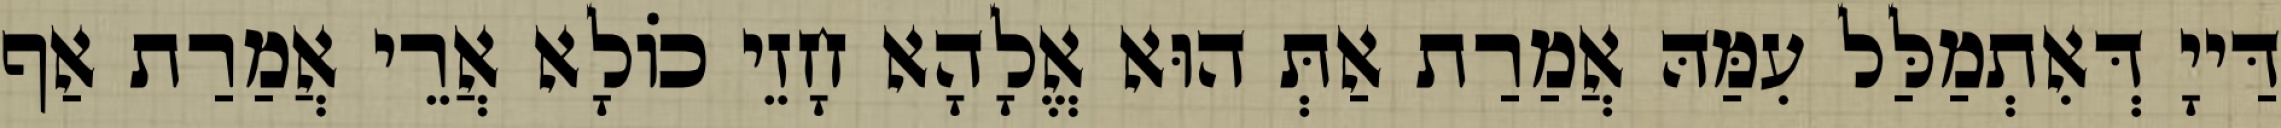
דַּייָ דְּאִתְמַלַּל עִמַּהּ אֲמַרַת אַתְּ הוּא אֱלָהָא חָזֵי כוֹלָא אֲרֵי אֲמַרַת אַף